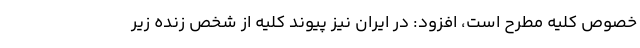
خصوص کلیه مطرح است، ‌افزود: در ایران نیز پیوند کلیه از شخص زنده زیر